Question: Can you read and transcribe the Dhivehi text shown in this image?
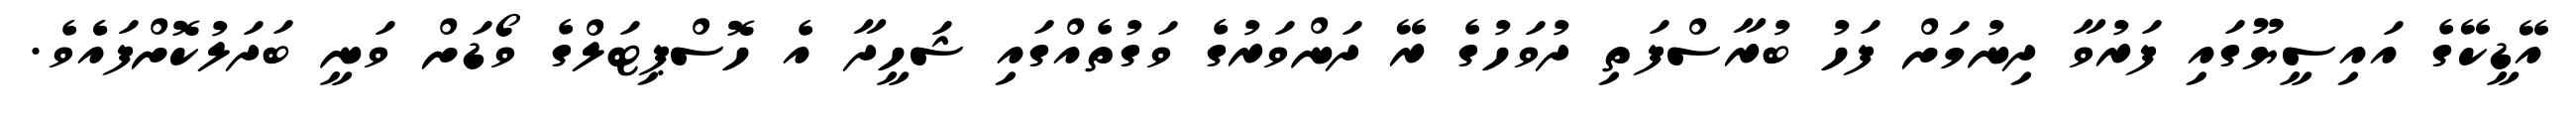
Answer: އޭޑީކޭގެ އައިސީޔޫގައި ފަރުވާ ދިނުމަށް ފަހު ބުރާސްފަތި ދުވަހުގެ ރޭ ދަންވަރުގެ ވަގުތެއްގައި ޝަހީދާ އެ ހޮސްޕިޓަލްގެ ވޯޑަށް ވަނީ ބަދަލުކޮށްފައެެވެ.